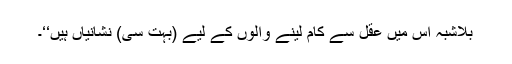
بِلاشبہ اس میں عقل سے کام لینے والوں کے لیے (بہت سی) نشانیاں ہیں‘‘۔